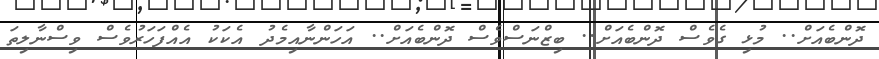
ދޮންބެއަށް.. މުޅި ގެވެސް ދޮންބެއަށް.. ބިޒްނަސްވެސް ދޮންބެއަށް.. އަހަންނާއިމެދު އެކަކު އެއްފަހަރުވެސް ވިސްނާލިތަ